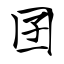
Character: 囝